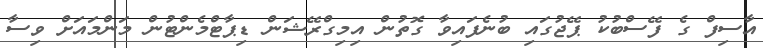
އާސިފް ގެ ފޭސްބުކު ޕޭޖުގައި ބުނެފައިވާ ގޮތުން އިމިގްރޭޝަން ޑިޕާޓްމެންޓުން މަންމައަށް ވިސާ